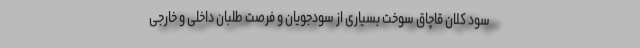
سود کلان قاچاق سوخت بسیاری از سودجویان و فرصت طلبان داخلی و خارجی